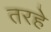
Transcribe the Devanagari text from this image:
तरहे